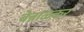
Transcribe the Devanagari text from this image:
बेन्नाळकर